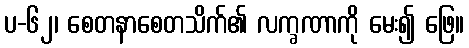
ပ-၆၂၊ စေတနာစေတသိက်၏ လက္ခဏာကို မေး၍ ဖြေ။